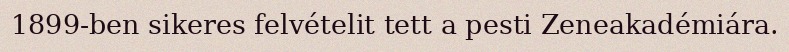
1899-ben sikeres felvételit tett a pesti Zeneakadémiára.